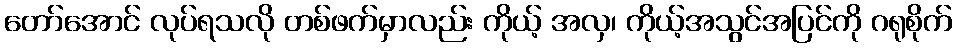
တော်အောင် လုပ်ရသလို တစ်ဖက်မှာလည်း ကိုယ့် အလှ၊ ကိုယ့်အသွင်အပြင်ကို ဂရုစိုက်